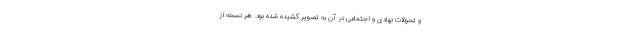
و تحولات نهادی و اجتماعی در آن به تصویر کشیده شده بود. هر نسخه از